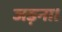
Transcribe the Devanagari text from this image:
जड़ना।